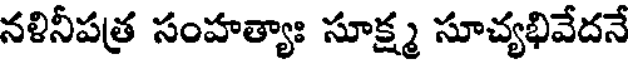
నళినీపత్ర సంహత్యాః సూక్ష్మ సూచ్యభివేదనే